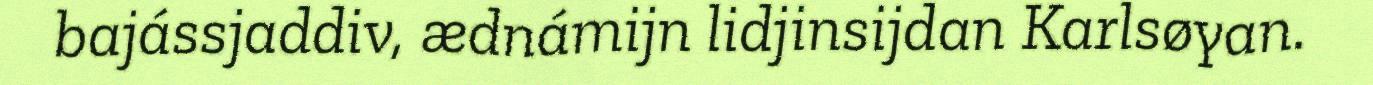
bajássjaddiv, ædnámijn lidjinsijdan Karlsøyan.